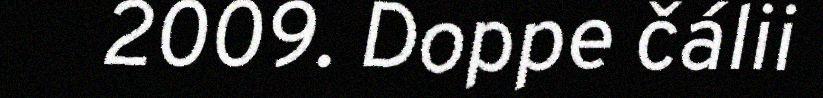
2009. Doppe čálii